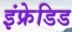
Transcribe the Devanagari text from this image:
इंफ्रेडिड